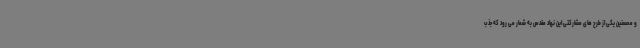
و محسنین یکی از طرح های مشارکتی این نهاد مقدس به شمار می رود که جذب